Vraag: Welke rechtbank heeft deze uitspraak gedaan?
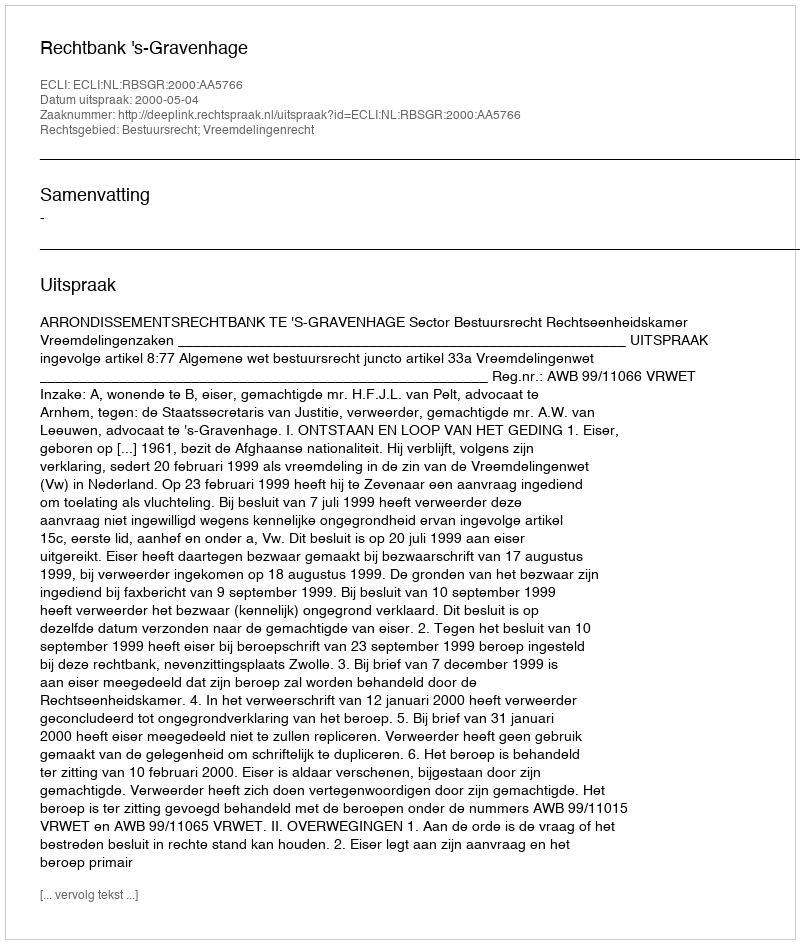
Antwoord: Rechtbank 's-Gravenhage